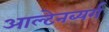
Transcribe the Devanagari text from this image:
आल्टेनब्यर्ग